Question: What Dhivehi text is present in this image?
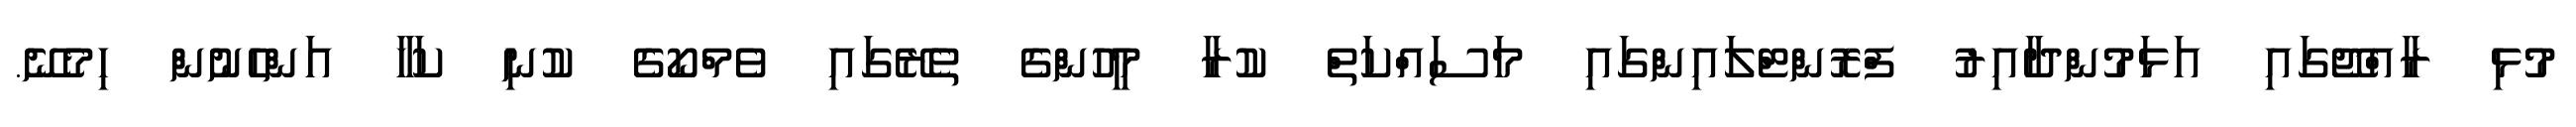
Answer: މުޅި ރާއްޖޭގައި އަޅަމުންދާއިރު ފްރޮންޓްލައިންގައި މަސައްކަތް ކުރާ މީހުންގެ ތެރޭގައި ވެމްކޯގެ ކުނި ކަހާ އަންހެނުން ހިމެނޭ.